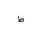
Letter: _da